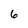
Character: 6